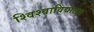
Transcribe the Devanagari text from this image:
श्विश्वाविद्यालय